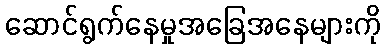
ဆောင်ရွက်နေမှုအခြေအနေများကို